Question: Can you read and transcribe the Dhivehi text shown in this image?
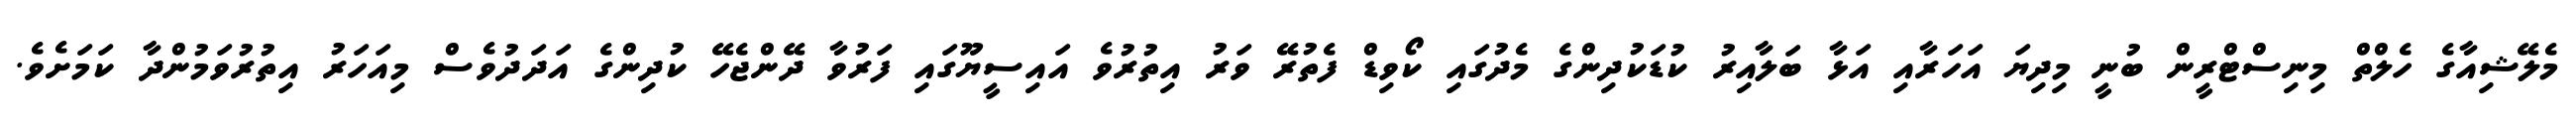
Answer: މެލޭޝިއާގެ ހެލްތް މިނިސްޓްރީން ބުނީ މިދިޔަ އަހަރާއި އަޅާ ބަލާއިރު ކުޑަކުދިންގެ މެދުގައި ކޯވިޑް ފެތުރޭ ވަރު އިތުރުވެ އައިސީޔޫގައި ފަރުވާ ދޭންޖެހޭ ކުދިންގެ އަދަދުވެސް މިއަހަރު އިތުރުވަމުންދާ ކަމަށެވެ.